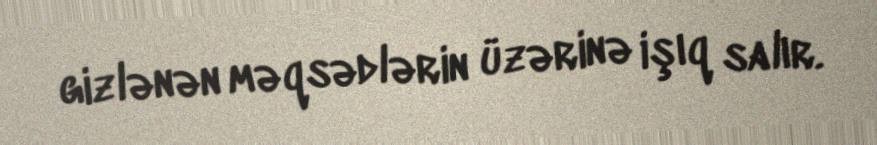
gizlənən məqsədlərin üzərinə işıq salır.